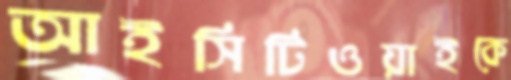
আইসিটিওয়াইকে